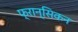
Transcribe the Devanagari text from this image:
फ्रान्सिकन